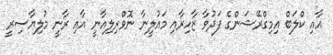
އާއި ކްލަބް އިމިގްރޭޝަންގެ ފަދުވާ ޒާހިރާއި މައުލީނާ ނޮވްރިލިއާނީ އާއި ރާނީ މުލިޔާސިރީ